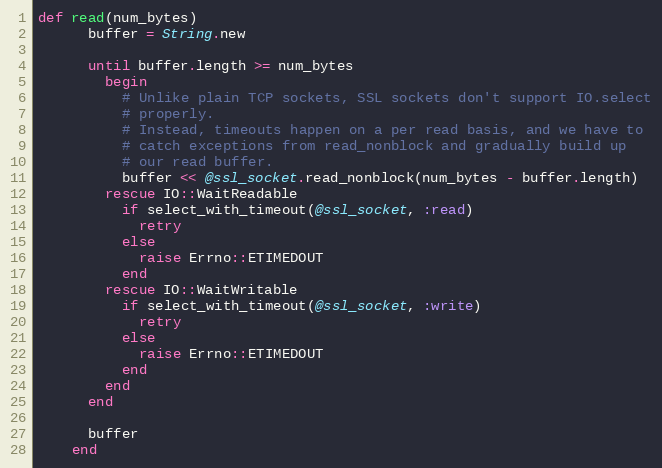
Language: Ruby
def read(num_bytes)
      buffer = String.new

      until buffer.length >= num_bytes
        begin
          # Unlike plain TCP sockets, SSL sockets don't support IO.select
          # properly.
          # Instead, timeouts happen on a per read basis, and we have to
          # catch exceptions from read_nonblock and gradually build up
          # our read buffer.
          buffer << @ssl_socket.read_nonblock(num_bytes - buffer.length)
        rescue IO::WaitReadable
          if select_with_timeout(@ssl_socket, :read)
            retry
          else
            raise Errno::ETIMEDOUT
          end
        rescue IO::WaitWritable
          if select_with_timeout(@ssl_socket, :write)
            retry
          else
            raise Errno::ETIMEDOUT
          end
        end
      end

      buffer
    end